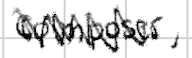
Text: composer,
Cross-out: zig-zag
Writing tool: digital_black